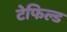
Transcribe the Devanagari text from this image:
टेफिल्ड